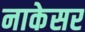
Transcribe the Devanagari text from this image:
नाकेसर